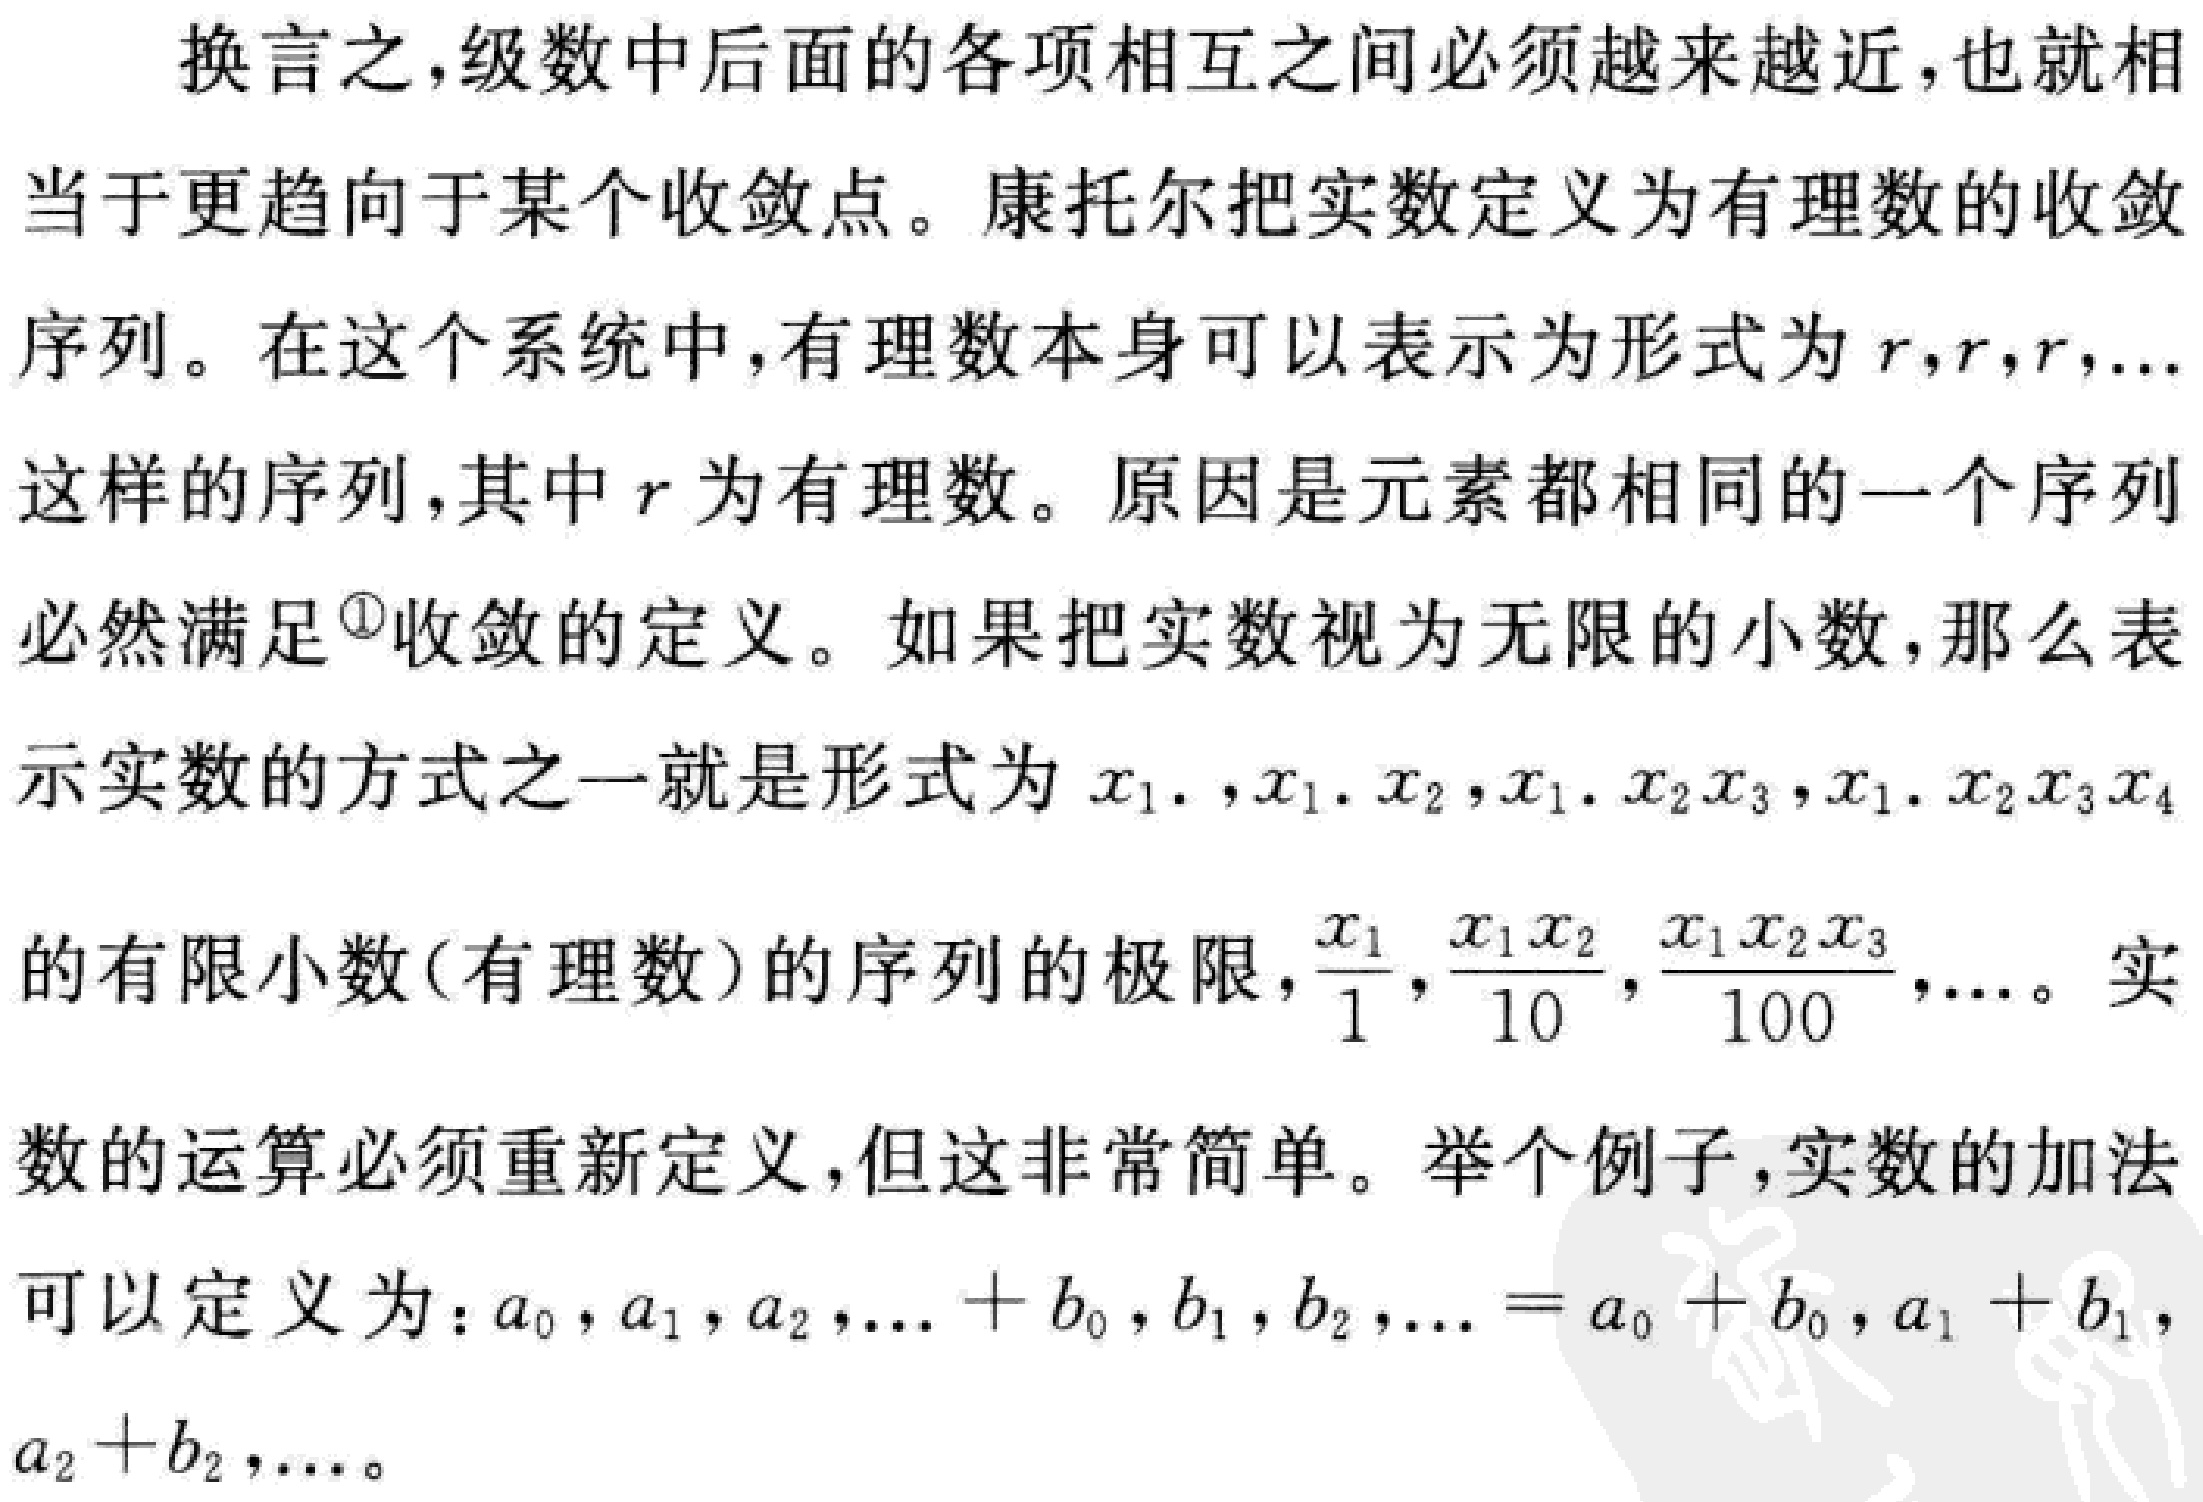
换言之,级数中后面的各项相互之间必须越来越近,也就相当于更趋向于某个收敛点。康托尔把实数定义为有理数的收敛序列。在这个系统中,有理数本身可以表示为形式为\(r,r,r,\ldots\)这样的序列,其中\(r\)为有理数。原因是元素都相同的一个序列必然满足\textsuperscript{1}收敛的定义。如果把实数视为无限的小数,那么表示实数的方式之一就是形式为\(x_{1}.,x_{1}.x_{2},x_{1}.x_{2}x_{3},x_{1}.x_{2}x_{3}x_{4}\)的有限小数(有理数)的序列的极限,\(\frac{x_{1}}{1},\frac{x_{1}x_{2}}{10},\frac{x_{1}x_{2}x_{3}}{100},\ldots\)。实数的运算必须重新定义,但这非常简单。举个例子,实数的加法可以定义为：\(a_{0},a_{1},a_{2},\ldots + b_{0},b_{1},b_{2},\ldots = a_{0} + b_{0},a_{1} + b_{1},a_{2}+b_{2},\ldots\)。